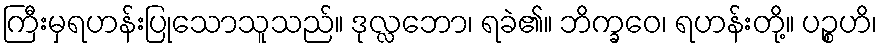
ကြီးမှရဟန်းပြုသောသူသည်။ ဒုလ္လဘော၊ ရခဲ၏။ ဘိက္ခဝေ၊ ရဟန်းတို့။ ပဉ္စဟိ၊